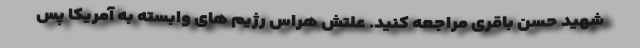
شهید حسن باقری مراجعه کنید. علتش هراس رژیم های وابسته به آمریکا پس